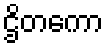
ဌိတကော